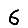
Digit: 6